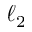
\ell _ { 2 }